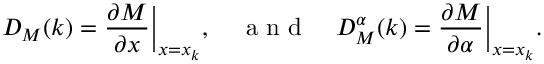
D _ { M } ( k ) = \frac { \partial M } { \partial x } \bigg | _ { x = x _ { k } } , \quad \mathrm { ~ a ~ n ~ d ~ } \quad D _ { M } ^ { \alpha } ( k ) = \frac { \partial M } { \partial \alpha } \bigg | _ { x = x _ { k } } .